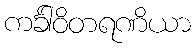
ကင်္ခါဝိတရဏိယာ